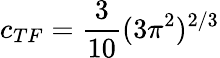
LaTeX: c_{TF}=\frac{3}{10}(3\pi^{2})^{2/3}